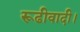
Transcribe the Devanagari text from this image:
रूढीवादी।